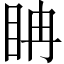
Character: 𥅆